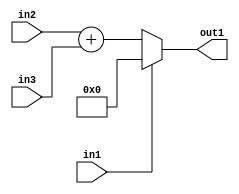
`timescale 1ps / 1ps
/*****************************************************************************
    Verilog RTL Description
    
    
    Created by: Stratus DpOpt 21.05.01 
*******************************************************************************/

module dut_entirecomputation_alt7_0 (
	in1,
	in2,
	in3,
	out1
	); /* architecture "behavioural" */ 
input  in1,
	in2;
input [5:0] in3;
output [6:0] out1;
wire [6:0] asc001,
	asc002;

assign asc002 = 
	+(in2)
	+(in3);

reg [6:0] asc001_tmp_0;
assign asc001 = asc001_tmp_0;
always @ (in1 or asc002) begin
	case (in1)
		1'B1 : asc001_tmp_0 = 7'B0000000 ;
		default : asc001_tmp_0 = asc002 ;
	endcase
end

assign out1 = asc001;
endmodule

/* CADENCE  v7DxSAo= : u9/ySxbfrwZIxEzHVQQV8Q== ** DO NOT EDIT THIS LINE ******/